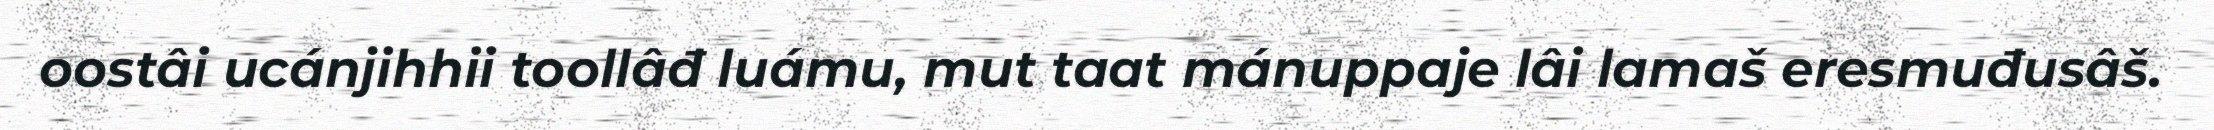
oostâi ucánjihhii toollâđ luámu, mut taat mánuppaje lâi lamaš eresmuđusâš.